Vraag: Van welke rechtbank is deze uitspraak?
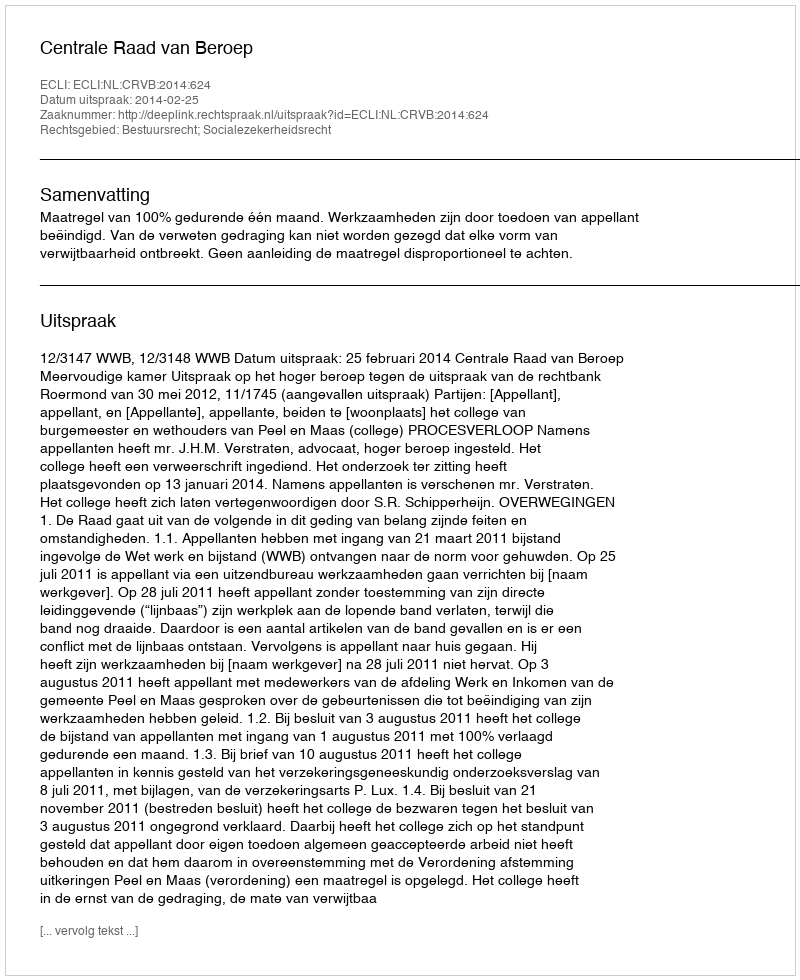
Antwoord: Centrale Raad van Beroep